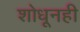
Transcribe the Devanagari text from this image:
शोधूनही